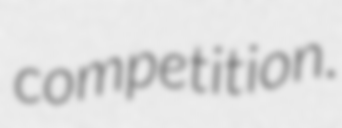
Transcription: competition.